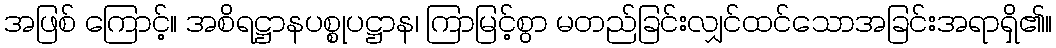
အဖြစ် ကြောင့်။ အစိရဋ္ဌာနပစ္စုပဋ္ဌာန၊ ကြာမြင့်စွာ မတည်ခြင်းလျှင်ထင်သောအခြင်းအရာရှိ၏။